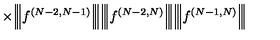
\times \Big | \! \Big | \! \Big | f ^ { ( N - 2 , N - 1 ) } \Big | \! \Big | \! \Big | \Big | \! \Big | \! \Big | f ^ { ( N - 2 , N ) } \Big | \! \Big | \! \Big | \Big | \! \Big | \! \Big | f ^ { ( N - 1 , N ) } \Big | \! \Big | \! \Big |